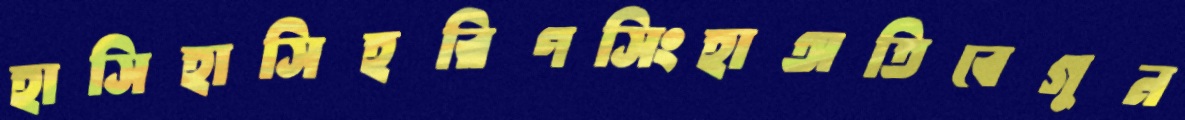
হাসিহাসিহরিণসিংহাঅতিবেগুন